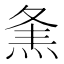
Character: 㶻